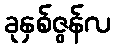
ခုနှစ်ဇွန်လ